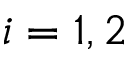
i = 1 , 2